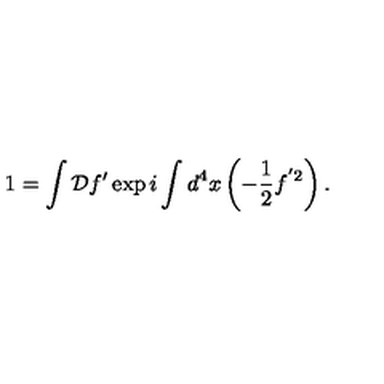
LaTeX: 1 = \int { \cal D } f ^ { \prime } \exp i \int d ^ { 4 } x \left( - \frac { 1 } { 2 } f ^ { ' 2 } \right) .